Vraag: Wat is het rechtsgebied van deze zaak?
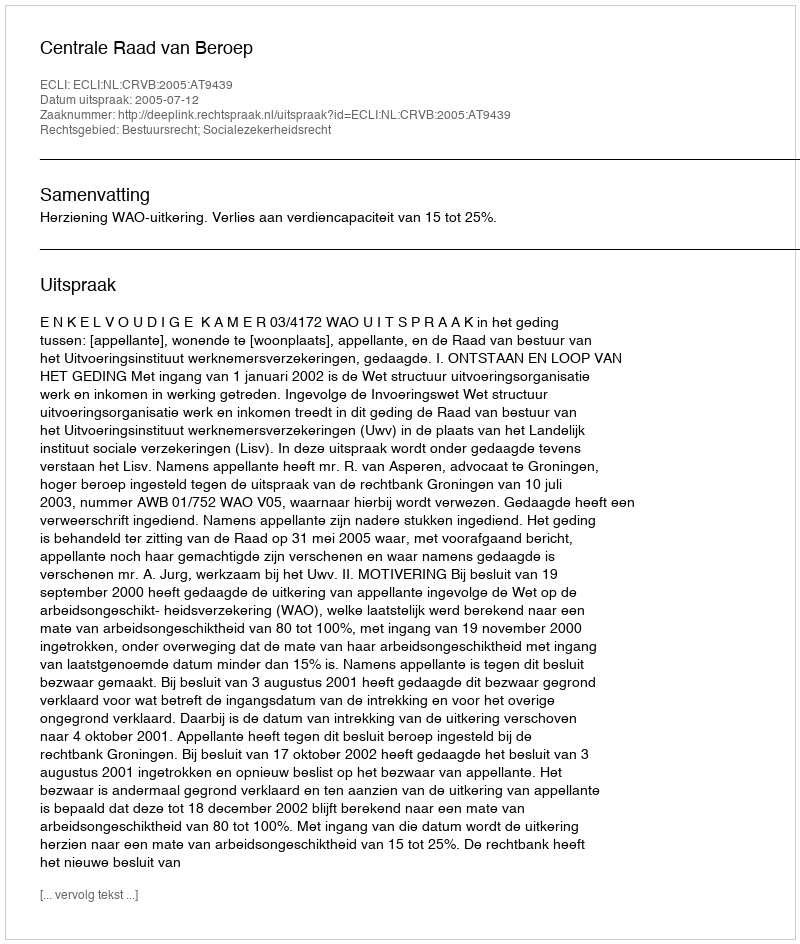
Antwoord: Bestuursrecht; Socialezekerheidsrecht